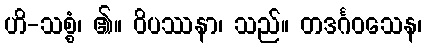
ဟိ-သစ္စံ၊ ၏။ ဝိပဿနာ၊ သည်။ တဒင်္ဂဝသေန၊